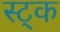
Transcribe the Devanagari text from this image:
स्ट्क